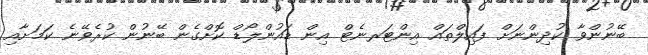
ބޭނުންވާ ކުދިންނަށް ފައިލްތައް އިންޓަރނެޓް އިން ޑައުންލޯޑް ކޮށްގެން ބޭނުން ކުރެވޭނެ ކަމަށާއި